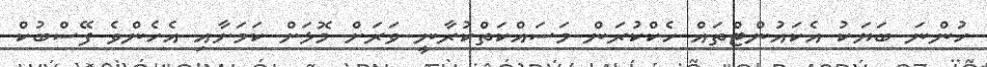
ހުންނަ ބަޔަކު އެކައުންޓްތައް ހެކްކުރަން މަސައްކަތްކުރާނީ ވަރަށް މޮޅަށް ކަމަށާއި އެހެންވެ ފޭސްބުކް